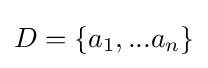
D=\{a_{1},...a_{n}\}